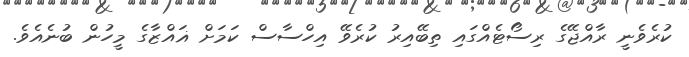
ކުރެވެނީ ރާއްޖޭގެ ރިސޯޓެއްގައި ތިބޭއިރު ކުރެވޭ އިހްސާސް ކަމަށް ޣައްޒާގެ މީހުން ބުނެއެވެ.